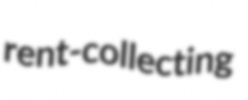
rent-collecting